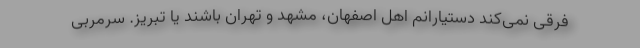
فرقی نمی‌کند دستیارانم اهل اصفهان، مشهد و تهران باشند یا تبریز. سرمربی